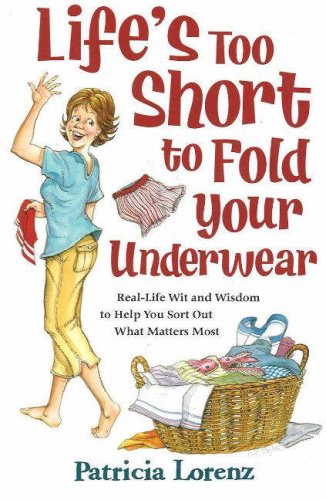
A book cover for Life's Too Short to Fold Your Underwear; Patricia Lorenz; Humor & Entertainment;